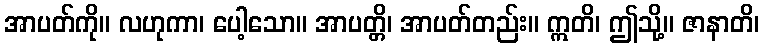
အာပတ်ကို။ လဟုကာ၊ ပေါ့သော။ အာပတ္တိ၊ အာပတ်တည်း။ ဣတိ၊ ဤသို့။ ဇာနာတိ၊